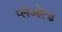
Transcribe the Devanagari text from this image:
प्लेओल्ड